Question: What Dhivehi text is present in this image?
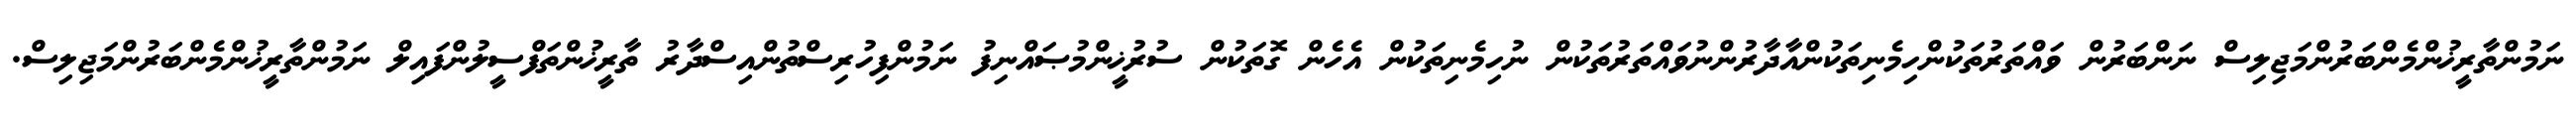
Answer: ނަމުންތާރީޚުންމެންބަރުންމަޖިލިސް ނަންބަރުން ވައްތަރުތަކުންހިމެނިތަކުންއާދާރުންނުވައްތަރުތަކުން ނުހިމެނިތަކުން އެހެން ގޮތަކުން ސުރުޚީންމުޞައްނިފު ނަމުންފިހުރިސްތުންއިސްދާރު ތާރީޚުންތަފްސީލުންފައިލް ނަމުންތާރީޚުންމެންބަރުންމަޖިލިސް.